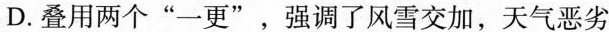
D.叠用两个”一更”，强调了风雪交加，天气恶劣